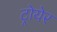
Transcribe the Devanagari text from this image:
ट्रोयेर